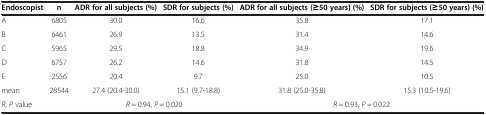
<table><thead><tr><td><b>Endoscopist</b></td><td><b>n</b></td><td><b>ADR for all subjects (%)</b></td><td><b>SDR for subjects (%)</b></td><td><b>ADR for all subjects (≥50 years) (%)</b></td><td><b>SDR for subjects (≥50 years) (%)</b></td></tr></thead><tbody><tr><td>A</td><td>6805</td><td>30.0</td><td>16.6</td><td>35.8</td><td>17.1</td></tr><tr><td>B</td><td>6461</td><td>26.9</td><td>13.5</td><td>31.4</td><td>14.6</td></tr><tr><td>C</td><td>5965</td><td>29.5</td><td>18.8</td><td>34.9</td><td>19.6</td></tr><tr><td>D</td><td>6757</td><td>26.2</td><td>14.6</td><td>31.8</td><td>14.5</td></tr><tr><td>E</td><td>2556</td><td>20.4</td><td>9.7</td><td>25.0</td><td>10.5</td></tr><tr><td>mean</td><td>28544</td><td>27.4 (20.4-30.0)</td><td>15.1 (9.7-18.8)</td><td>31.8 (25.0-35.8)</td><td>15.3 (10.5-19.6)</td></tr><tr><td><i>R</i>, <i>P</i> value</td><td> </td><td colspan="2"><i>R</i> = 0.94, <i>P</i> = 0.020</td><td colspan="2"><i>R</i> = 0.93, <i>P</i> = 0.022</td></tr></tbody></table>